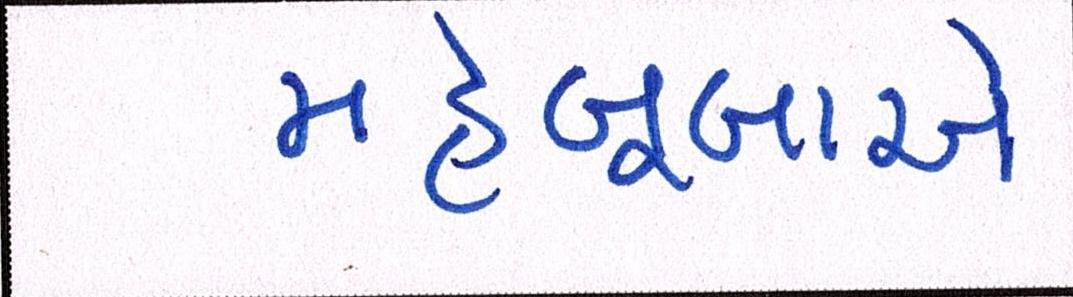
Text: મહેબૂબાએ